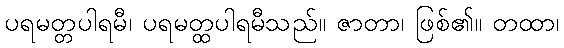
ပရမတ္တပါရမီ၊ ပရမတ္ထပါရမီသည်။ ဇာတာ၊ ဖြစ်၏။ တထာ၊